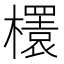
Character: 𣞲